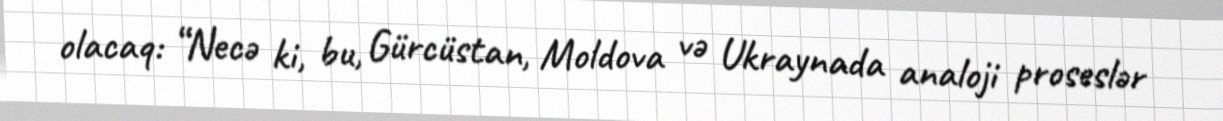
olacaq: “Necə ki, bu, Gürcüstan, Moldova və Ukraynada analoji proseslər